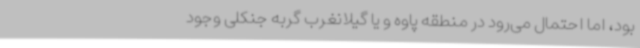
بود، اما احتمال می‌رود در منطقه پاوه و یا گیلانغرب گربه جنکلی وجود